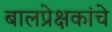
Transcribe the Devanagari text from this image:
बालप्रेक्षकांचे